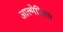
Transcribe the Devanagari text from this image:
आल्मेरिया।